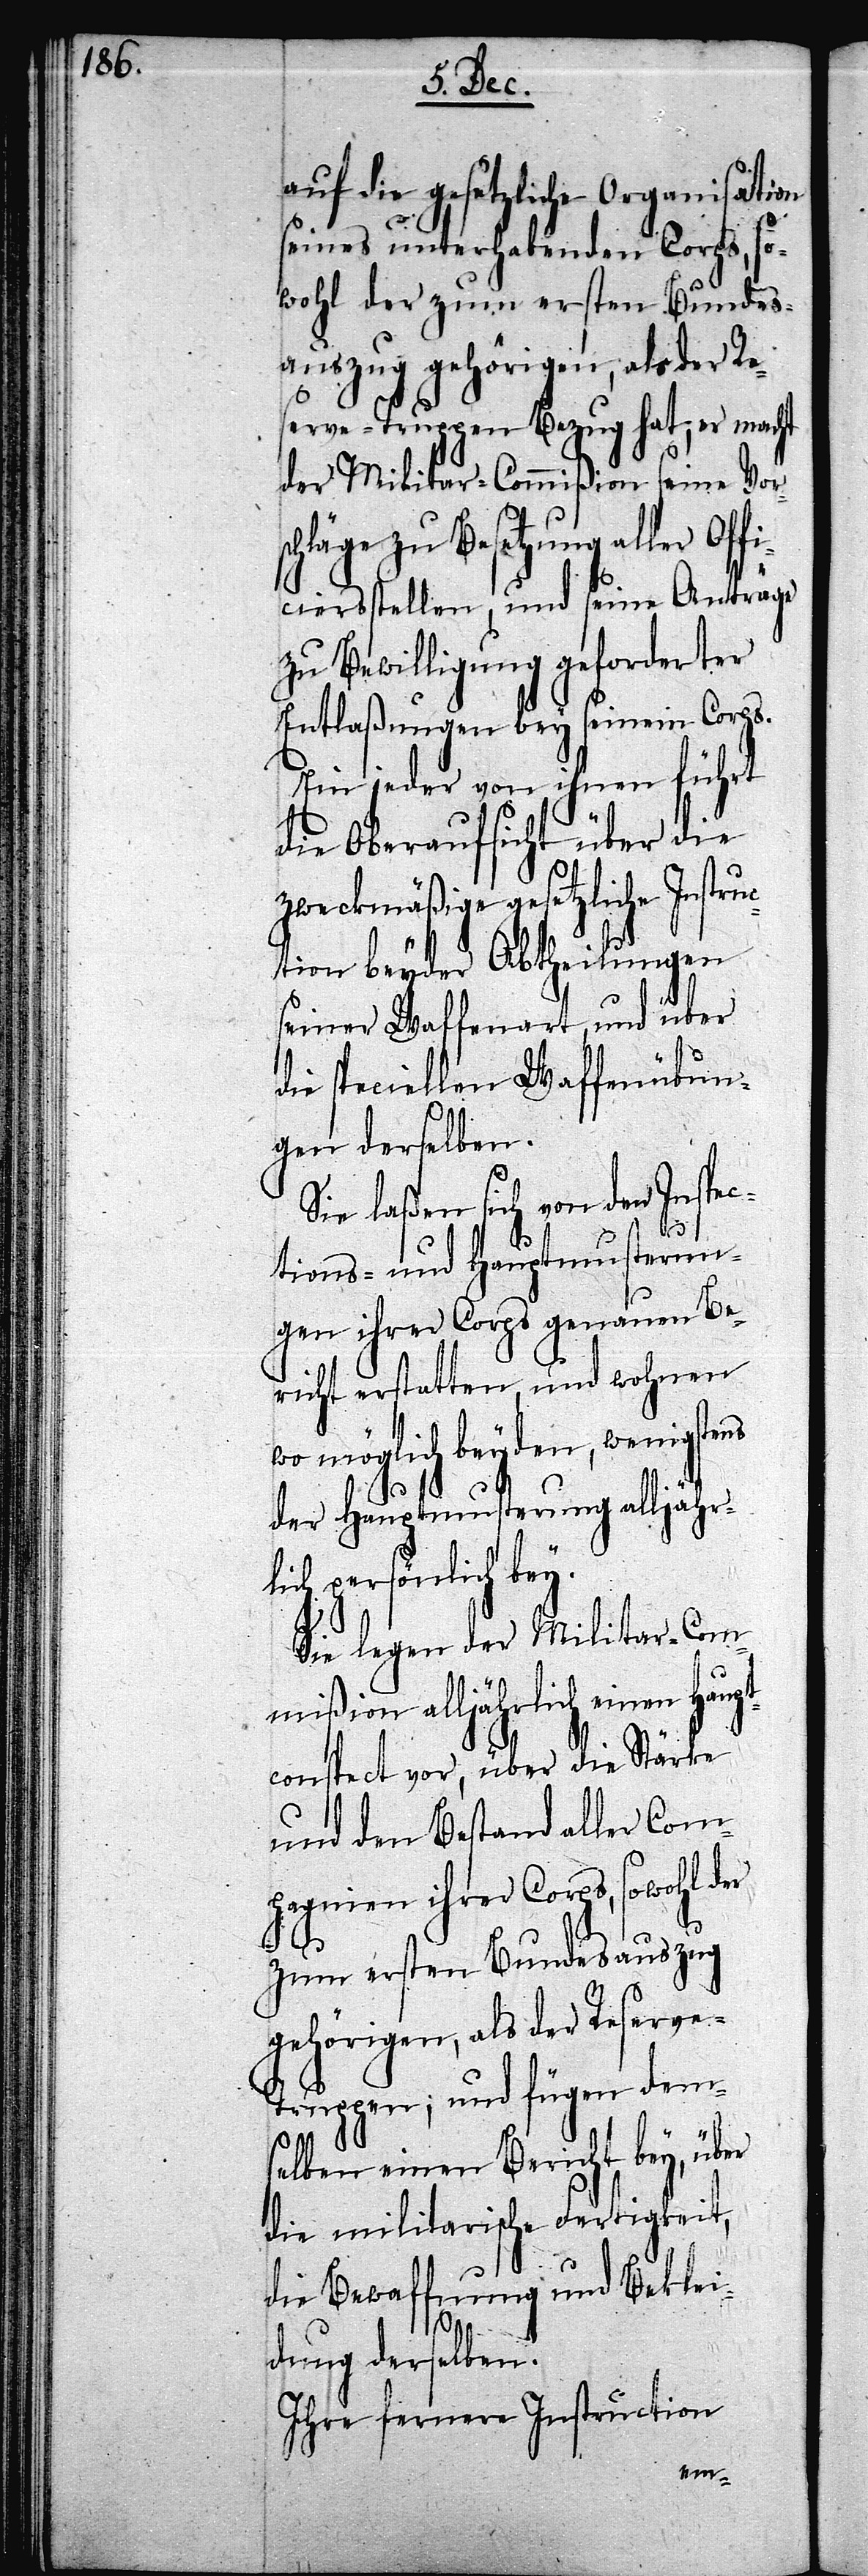
auf die gesetzliche Organisation
seines unterhabenden Corps, so¬
wohl der zum ersten Bundes¬
auszug gehörigen, als der Re¬
serve-Truppen Bezug hat; er macht
der Militar-Commißion seine Vors¬
chläge zu Besetzung aller Off¬
iciersstellen, und seine Anträge
zu Bewilligung geforderter
Entlaßungen bey seinem Corps.
Ein jeder von ihnen führt
die Oberaufsicht über die
zweckmäßige gesetzliche Instr¬
uction beyder Abtheilungen
seiner Waffenart, und über
die speciellen Waffenübun¬
gen derselben.
Sie laßen sich von den Inspec¬
er
tions- und Hauptmusterun¬
gen ihrer Corps genauen Be¬
richt erstatten, und wohnen
wo möglich beyden, wenigstens
der Hauptmusterung alljähr¬
lich persönlich bey.
Sie legen der Militar-Com¬
mißion alljährlich einen Haupt¬
conspect vor, über die Stärke
und den Bestand aller Com¬
pagnien ihrer Corps, sowohl d¬
zum ersten Bundesauszug
gehörigen, als der Reserve-T¬
ruppen; und fügen dems¬
elben einen Bericht bey, über
die militarische Fertigkeit,
die Bewaffnung und Beklei¬
dung derselben.
Ihre fernere Instruction